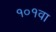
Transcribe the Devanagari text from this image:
१०१वा